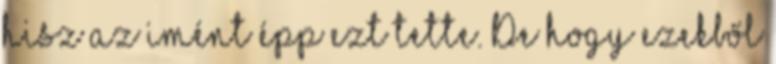
hisz az imént épp ezt tette. De hogy ezekből